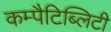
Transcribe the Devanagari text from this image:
कम्पैटिब्लिटी